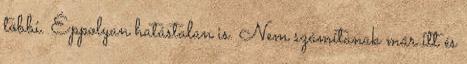
többi. Éppolyan hatástalan is. Nem számítanak már itt és